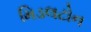
મિડલટોન